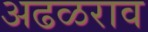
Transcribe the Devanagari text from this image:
अढळराव